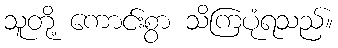
သူတို့ ကောင်းစွာ သိကြပုံရသည်။